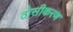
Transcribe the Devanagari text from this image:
ठोसीकरण